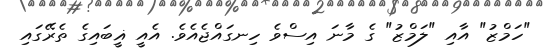
"ހަމްޒު" އާއި "ލަމްޒު" ގެ މާނަ އިސްވެ ހިނގައްޖެއެވެ. އެއީ ޣީބައިގެ ތެރޭގައި